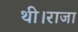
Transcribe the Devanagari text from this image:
थी।राजा